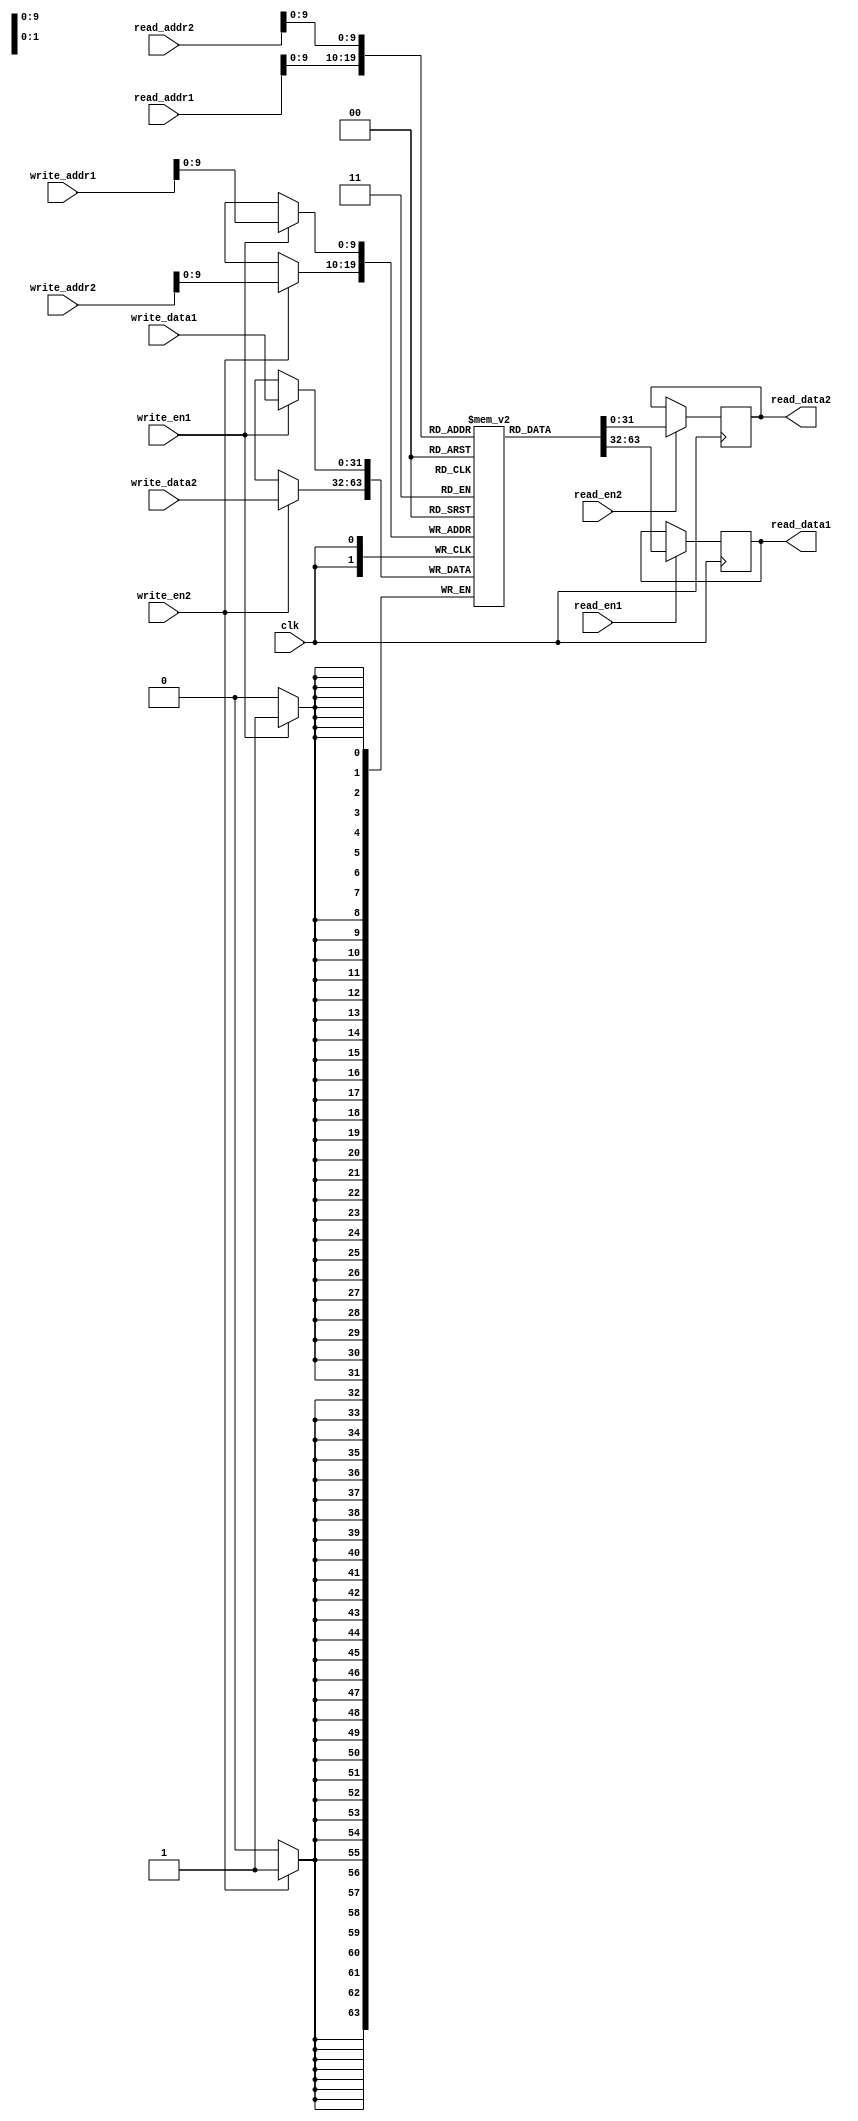
module DualPortRAM (
    input wire clk,
    input wire [31:0] read_addr1,
    input wire read_en1,
    output reg [31:0] read_data1,
    input wire [31:0] write_addr1,
    input wire write_en1,
    input wire [31:0] write_data1,
    
    input wire [31:0] read_addr2,
    input wire read_en2,
    output reg [31:0] read_data2,
    input wire [31:0] write_addr2,
    input wire write_en2,
    input wire [31:0] write_data2
);

reg [31:0] memory [0:1023];

always @(posedge clk) begin
    if (read_en1) begin
        read_data1 <= memory[read_addr1];
    end
    if (write_en1) begin
        memory[write_addr1] <= write_data1;
    end
    if (read_en2) begin
        read_data2 <= memory[read_addr2];
    end
    if (write_en2) begin
        memory[write_addr2] <= write_data2;
    end
end

endmodule